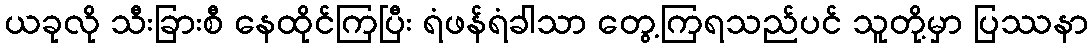
ယခုလို သီးခြားစီ နေထိုင်ကြပြီး ရံဖန်ရံခါသာ တွေ့ကြရသည်ပင် သူတို့မှာ ပြဿနာ